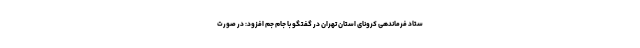
ستاد فرماندهی کرونای استان تهران در گفتگو با جام جم افزود: در صورت